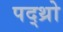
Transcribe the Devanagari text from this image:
पद्थ्रो